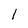
Character: 1